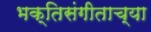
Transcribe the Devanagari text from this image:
भक्तिसंगीताच्या